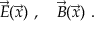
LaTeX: \vec { E } ( \vec { x } ) \ , \quad \vec { B } ( \vec { x } ) \ .